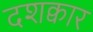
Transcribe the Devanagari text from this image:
दशक्वार